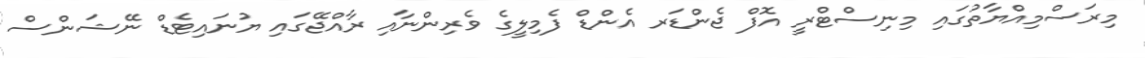
މިރަސްމިއްޔާތުގައި މިނިސްޓްރީ އޮފް ޖެންޑަރ އެންޑް ފެމިލީގެ ވެރިންނާއި ރާއްޖޭގައި ޔުނައިޓެޑް ނޭޝަންސް